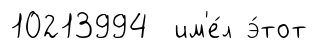
10213994 им'е́л э́тот